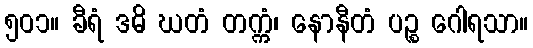
၅၀၁။ ခီရံ ဒဓိ ဃတံ တက္ကံ၊ နောနီတံ ပဉ္စ ဂေါရသာ။